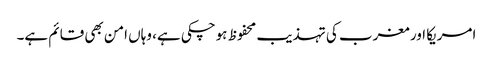
امریکا اور مغرب کی تہذیب محفوظ ہوچکی ہے، وہاں امن بھی قائم ہے۔